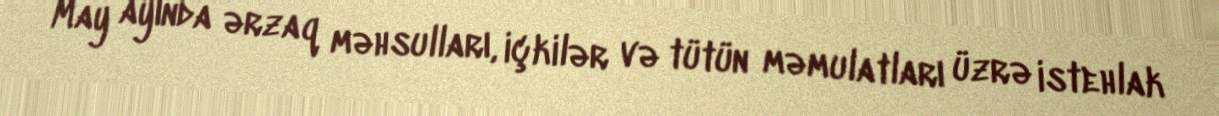
May ayında ərzaq məhsulları, içkilər və tütün məmulatları üzrə istehlak